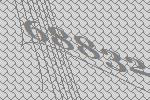
68832